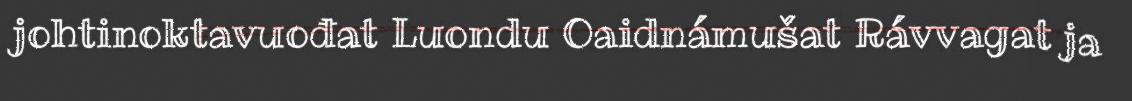
johtinoktavuođat Luondu Oaidnámušat Rávvagat ja